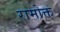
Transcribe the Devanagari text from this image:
रामोक्त